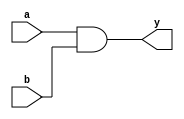
`timescale 1ns / 1ps

module and2(a, b, y);
	input a, b;
	output y;
	assign y = a & b;
endmodule

module nand2(a, b, y);
	input a, b;
	output y;
	assign y = ~(a & b);
endmodule

module or2(a, b, y);
	input a, b;
	output y;
	assign y = a | b;
endmodule

module nor2(a, b, y);
	input a, b;
	output y;
	assign y = ~(a | b);
endmodule

module xor2(a, b, y);
	input a, b;
	output y;
	assign y = a ^ b;
endmodule

module mux2 (in1, in0, select, out);
	parameter WIDTH = 1;
	input [WIDTH-1:0] in0, in1;
	input select;
	output [WIDTH-1:0] out;
	assign out = (select) ? in1 : in0;
endmodule

// module mux10_1bit (in, select, out);
// 	input [9:0] in;
// 	input [3:0] select;
// 	output out;
// 	case(select)
// 		4'b0000: out = in[0];
// 		4'b0001: out = in[1];
// 		4'b0010: out = in[2];
// 		4'b0011: out = in[3];
// 		4'b0100: out = in[4];
// 		4'b0101: out = in[5];
// 		4'b0110: out = in[6];
// 		4'b0111: out = in[7];
// 		4'b1000: out = in[8];
// 		4'b1001: out = in[9];
// 	endcase
// endmodule

module mux_1bit (in, select, out);
	parameter IN_WIDTH = 2;
	parameter SEL_WIDTH = 1;
	input [IN_WIDTH-1:0] in;
	input [SEL_WIDTH-1:0] select;
	output out;
	assign out = in[select]; 
endmodule

module register (clk, rst, D, Q, wen);
	parameter WIDTH = 1;
	input clk, rst, wen;
	input [WIDTH-1:0] D;
	output reg [WIDTH-1:0] Q;

	always @(posedge clk or posedge rst) begin
		if(rst) begin
			Q <= {(WIDTH){1'b0}};
		end
		else if (wen) begin
			Q <= D;
		end
	end
endmodule

module register_scannable_1bit (clk, rst, D, Q, wen, scan_in, scan_out, scan_en);
	input clk, rst, D, wen, scan_in, scan_en;
	output reg Q;
	output scan_out;

	always @(posedge clk or posedge rst) begin
		if (rst) begin
			Q <= 1'b0;
		end
		else if (wen) begin
			if (scan_en) Q <= scan_in;
			else Q <= D;
		end
	end

	assign scan_out = Q;
endmodule